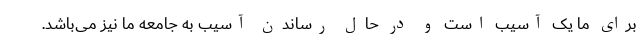
برای ما یک آسیب است و در حال رساندن آسیب به جامعه ما نیز می‌باشد.